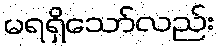
မရရှိသော်လည်း